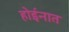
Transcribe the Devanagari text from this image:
होईनात